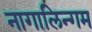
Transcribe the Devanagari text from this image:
नागालिन्गम